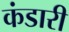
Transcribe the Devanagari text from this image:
कंडारी